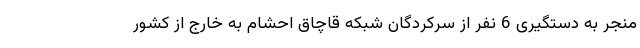
منجر به دستگیری 6 نفر از سرکردگان شبکه قاچاق احشام به خارج از کشور